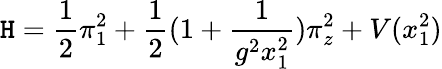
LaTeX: \mathtt{H}=\frac{{1}}{{2}}\pi_{1}^{2}+\frac{{1}}{{2}}(1+\frac{{1}}{{g^{2}x_{1}^{2}}})\pi_{z}^{2}+V(x_{1}^{2})